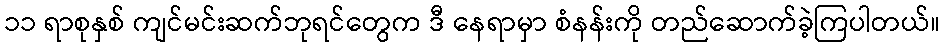
၁၁ ရာစုနှစ် ကျင်မင်းဆက်ဘုရင်တွေက ဒီ နေရာမှာ စံနန်းကို တည်ဆောက်ခဲ့ကြပါတယ်။